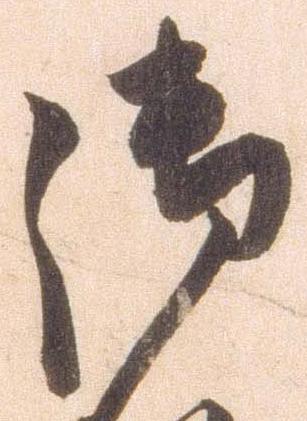
御